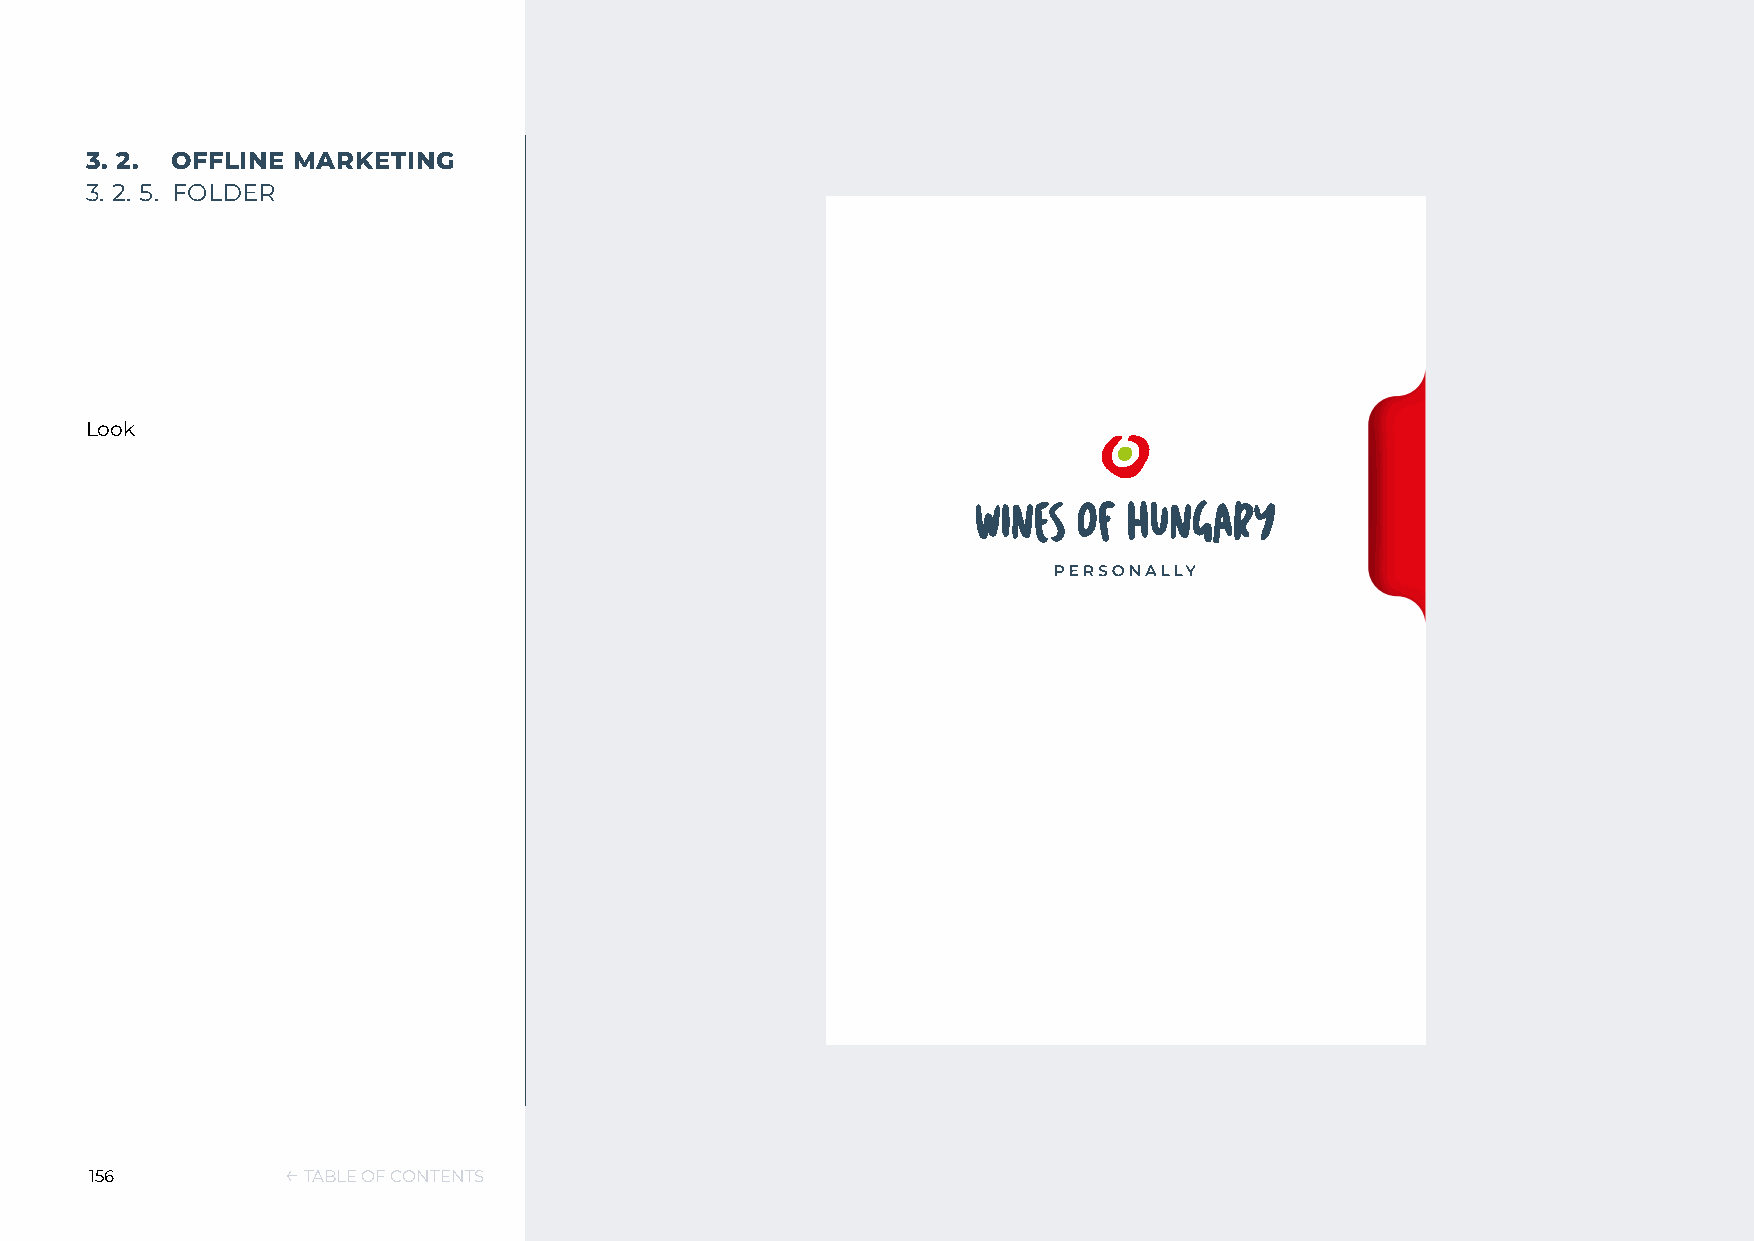
3. 2. OFFLINE MARKETING
 3. 2. 5. FOLDER
 Look
 156          ← TABLE OF CONTENTS